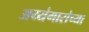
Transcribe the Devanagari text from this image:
अय्यंगारांच्या